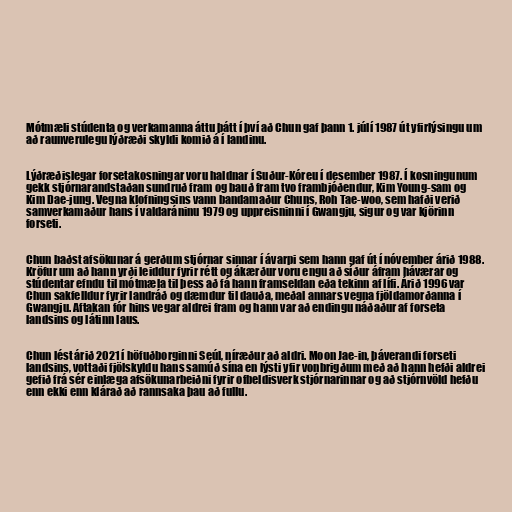
Mótmæli stúdenta og verkamanna áttu þátt í því að Chun gaf þann 1. júlí 1987 út yfirlýsingu um
að raunverulegu lýðræði skyldi komið á í landinu.

Lýðræðislegar forsetakosningar voru haldnar í Suður-Kóreu í desember 1987. Í kosningunum
gekk stjórnarandstaðan sundruð fram og bauð fram tvo frambjóðendur, Kim Young-sam og
Kim Dae-jung. Vegna klofningsins vann bandamaður Chuns, Roh Tae-woo, sem hafði verið
samverkamaður hans í valdaráninu 1979 og uppreisninni í Gwangju, sigur og var kjörinn
forseti.

Chun baðst afsökunar á gerðum stjórnar sinnar í ávarpi sem hann gaf út í nóvember árið 1988.
Kröfur um að hann yrði leiddur fyrir rétt og ákærður voru engu að síður áfram háværar og
stúdentar efndu til mótmæla til þess að fá hann framseldan eða tekinn af lífi. Árið 1996 var
Chun sakfelldur fyrir landráð og dæmdur til dauða, meðal annars vegna fjöldamorðanna í
Gwangju. Aftakan fór hins vegar aldrei fram og hann var að endingu náðaður af forseta
landsins og látinn laus.

Chun lést árið 2021 í höfuðborginni Seúl, níræður að aldri. Moon Jae-in, þáverandi forseti
landsins, vottaði fjölskyldu hans samúð sína en lýsti yfir vonbrigðum með að hann hefði aldrei
gefið frá sér einlæga afsökunarbeiðni fyrir ofbeldisverk stjórnarinnar og að stjórnvöld hefðu
enn ekki enn klárað að rannsaka þau að fullu.